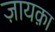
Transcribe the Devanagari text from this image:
ज़ायक़ा